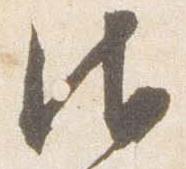
御